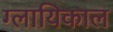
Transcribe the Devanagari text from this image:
ग्लायिकाल